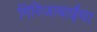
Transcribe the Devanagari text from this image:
गिरिजाबाईंचा